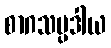
စာဂသမ္ပဒါယ